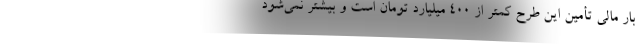
بار مالی تأمین این طرح کمتر از 400 میلیارد تومان است و بیشتر نمی‌شود